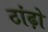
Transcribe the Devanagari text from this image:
ठांढ़ो